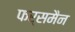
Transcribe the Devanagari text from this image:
फर्समैन